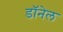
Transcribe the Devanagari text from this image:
डॉनेल